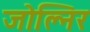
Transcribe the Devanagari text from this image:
जोल्निर